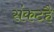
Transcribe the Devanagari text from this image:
संकटहै